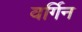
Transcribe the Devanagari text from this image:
वर्गिन